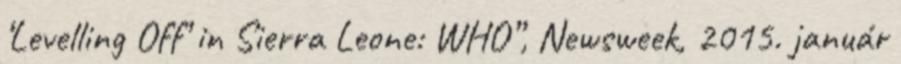
‘Levelling Off’ in Sierra Leone: WHO”, Newsweek, 2015. január